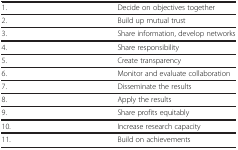
|  |  |
 | --- | --- |
 | 1. | Decide on objectives together |
 | 2. | Build up mutual trust |
 | 3. | Share information, develop networks |
 | 4. | Share responsibility |
 | 5. | Create transparency |
 | 6. | Monitor and evaluate collaboration |
 | 7. | Disseminate the results |
 | 8. | Apply the results |
 | 9. | Share profits equitably |
 | 10. | Increase research capacity |
 | 11. | Build on achievements |